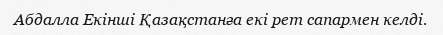
Абдалла Екінші Қазақстанға екі рет сапармен келді.